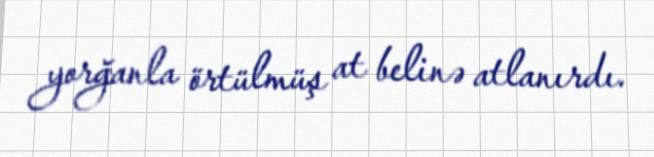
yorğanla örtülmüş at belinə atlanırdı.